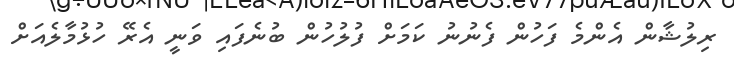
ރިލުޝާން އެންމެ ފަހުން ފެނުނު ކަމަށް ފުލުހުން ބުނެފައި ވަނީ އެރޭ ހުޅުމާލެއަށް